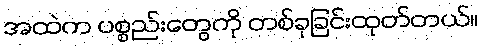
အထဲက ပစ္စည်းတွေကို တစ်ခုခြင်းထုတ်တယ်။